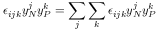
\epsilon _ { i j k } y _ { N } ^ { j } y _ { P } ^ { k } = \sum _ { j } \sum _ { k } \epsilon _ { i j k } y _ { N } ^ { j } y _ { P } ^ { k }